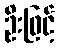
ဦးဖြင့်